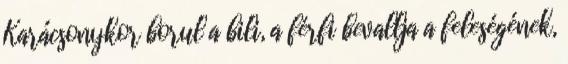
Karácsonykor borul a bili, a férfi bevallja a feleségének,